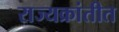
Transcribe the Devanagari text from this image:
राज्यक्रांतीत